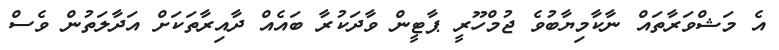
އެ މަޝްވަރާތައް ނާކާމިޔާބުވެ ޖުމްހޫރީ ޕާޓީން ވާދަކުރާ ބައެއް ދާއިރާތަކަށް އަދާލަތުން ވެސް